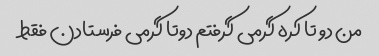
من دو تا کره گرمی گرفتم دوتا گرمی فرستادن فقط